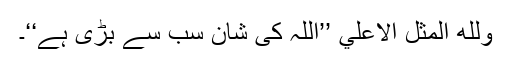
وَلِلّٰهِ الْمَثَلُ الْاَعْليٰ ’’اللہ کی شان سب سے بڑی ہے‘‘۔